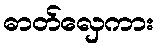
ဓာတ်လှေကား